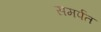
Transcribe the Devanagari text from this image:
समर्पत